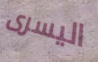
اليسرى